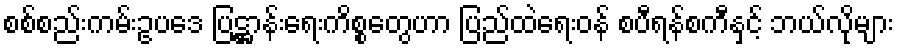
စစ်စည်းကမ်းဥပဒေ ပြဋ္ဌာန်းရေးကိစ္စတွေဟာ ပြည်ထဲရေးဝန် စပီရန်စကီနှင့် ဘယ်လိုများ